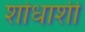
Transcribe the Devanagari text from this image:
शोधाशी